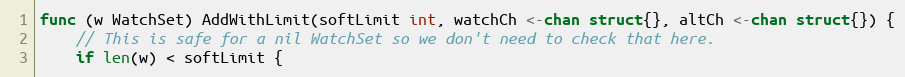
Language: Go
func (w WatchSet) AddWithLimit(softLimit int, watchCh <-chan struct{}, altCh <-chan struct{}) {
	// This is safe for a nil WatchSet so we don't need to check that here.
	if len(w) < softLimit {